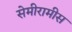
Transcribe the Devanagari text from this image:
सेमीरामीस